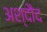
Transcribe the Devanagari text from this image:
अश्दौद